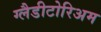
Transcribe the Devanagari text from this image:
ग्लैडीटोरिअम